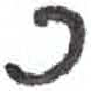
אות: כ